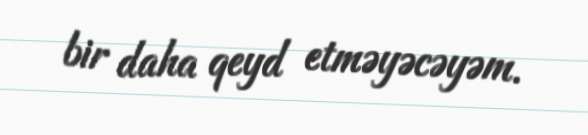
bir daha qeyd etməyəcəyəm.